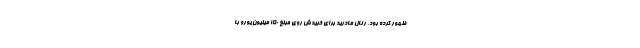
ظهور کرده بود، رئال مادرید برای خریدش روی مبلغ ۱۵۰ میلیون یورو با